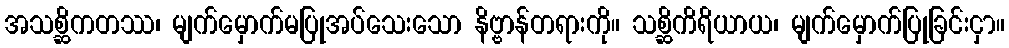
အသစ္ဆိကတဿ၊ မျက်မှောက်မပြုအပ်သေးသော နိဗ္ဗာန်တရားကို။ သစ္ဆိကိရိယာယ၊ မျက်မှောက်ပြုခြင်းငှာ။